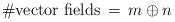
LaTeX: \begin{align*}\# \mbox{vector fields} \, = \, m \oplus n \end{align*}